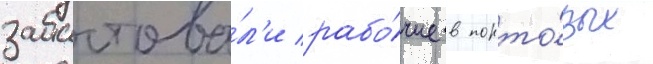
забастова́л'и рабо́чие в порто́вых